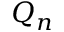
Q _ { n }